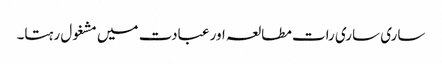
ساری ساری رات مطالعہ اور عبادت میں مشغول رہتا۔